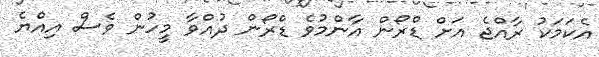
އެކަމަކު ރާއްޖެ އަށް ޑްރޯން އާންމުވެ ޑްރޯން ދުއްވާ މީހުން ވެސް އިއްޔެ